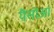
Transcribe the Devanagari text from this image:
पैसोआ